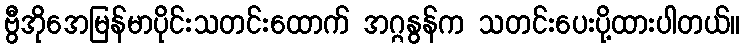
ဗွီအိုအေမြန်မာပိုင်းသတင်းထောက် အဂ္ဂနွန်က သတင်းပေးပို့ထားပါတယ်။